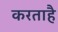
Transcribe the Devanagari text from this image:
करताहै